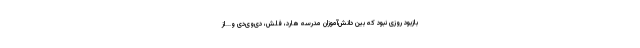
بازبود روزی نبود که بین دانش‌آموزان مدرسه هارد، فلش، دی‌وی‌دی و...از